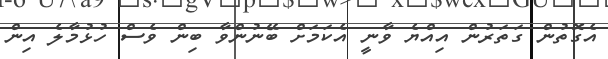
އެގޮތުން ގަތަރުން އިއްޔެ ވާނީ އެކަމަށް ބޭނުންވާ ބިން ވެސް ހުޅުމާލެ އިން